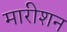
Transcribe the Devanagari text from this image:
मारीशन